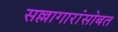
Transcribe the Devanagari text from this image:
सल्लागारांसोबत